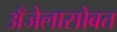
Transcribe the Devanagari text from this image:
अँजेलासोबत